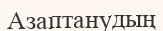
Азаптанудың